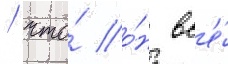
/ что́ о́н вс'е́